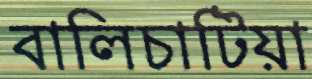
বালিচাটিয়া